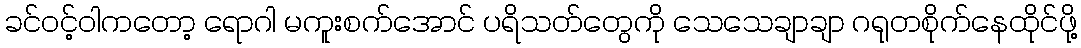
ခင်ဝင့်ဝါကတော့ ရောဂါ မကူးစက်အောင် ပရိသတ်တွေကို သေသေချာချာ ဂရုတစိုက်နေထိုင်ဖို့